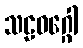
သဠဝဂ္ဂေါ